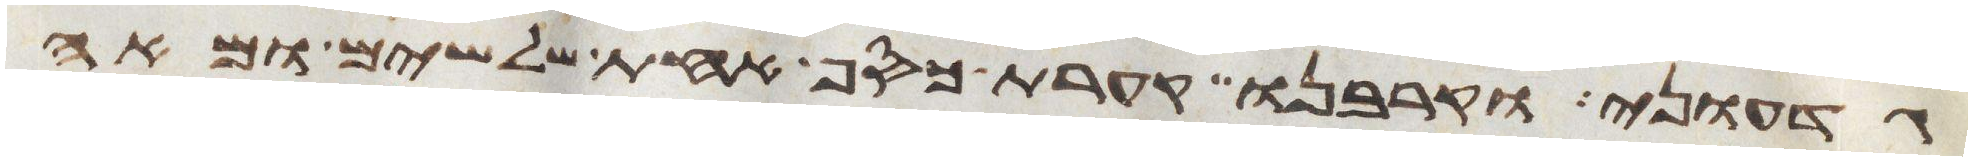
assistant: גדעוני וקרבנו קערת כסף אחת שלשים ומאה